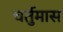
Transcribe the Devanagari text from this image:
चर्तुमास